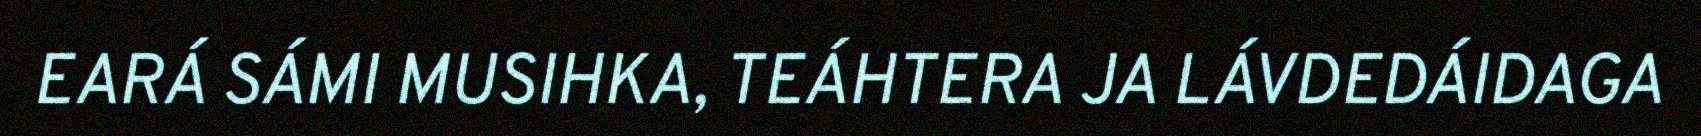
EARÁ SÁMI MUSIHKA, TEÁHTERA JA LÁVDEDÁIDAGA